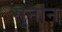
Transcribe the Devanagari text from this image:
सुनान